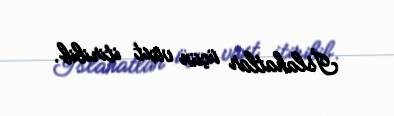
İslahatlar üçün vaxt itirilib.